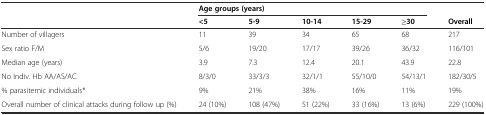
<table><thead><tr><td></td><td colspan="5"><b>Age groups (years)</b></td><td></td></tr><tr><td></td><td><b>&lt;5</b></td><td><b>5-9</b></td><td><b>10-14</b></td><td><b>15-29</b></td><td><b>≥30</b></td><td><b>Overall</b></td></tr></thead><tbody><tr><td>Number of villagers</td><td>11</td><td>39</td><td>34</td><td>65</td><td>68</td><td>217</td></tr><tr><td>Sex ratio F/M</td><td>5/6</td><td>19/20</td><td>17/17</td><td>39/26</td><td>36/32</td><td>116/101</td></tr><tr><td>Median age (years)</td><td>3.9</td><td>7.3</td><td>12.4</td><td>20.1</td><td>43.9</td><td>22.8</td></tr><tr><td>No Indiv. Hb AA/AS/AC</td><td>8/3/0</td><td>33/3/3</td><td>32/1/1</td><td>55/10/0</td><td>54/13/1</td><td>182/30/5</td></tr><tr><td>% parasitemic individuals*</td><td>9%</td><td>21%</td><td>38%</td><td>16%</td><td>11%</td><td>19%</td></tr><tr><td>Overall number of clinical attacks during follow up (%)</td><td>24 (10%)</td><td>108 (47%)</td><td>51 (22%)</td><td>33 (16%)</td><td>13 (6%)</td><td>229 (100%)</td></tr></tbody></table>